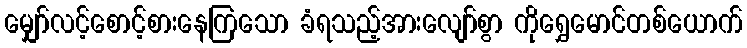
မျှော်လင့်စောင့်စားနေကြသော ခံရသည့်အားလျော်စွာ ကိုရွှေမောင်တစ်ယောက်